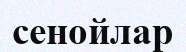
сенойлар